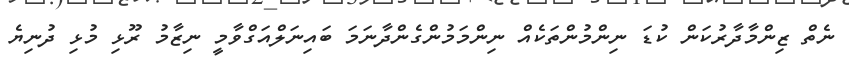
ނެތް ޒިންމާދާރުކަން ކުޑަ ނިންމުންތަކެއް ނިންމަމުންގެންދާނަމަ ބައިނަލްއަގްވާމީ ނިޒާމު ރޫޅި މުޅި ދުނިޔެ